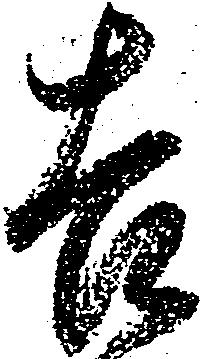
吉